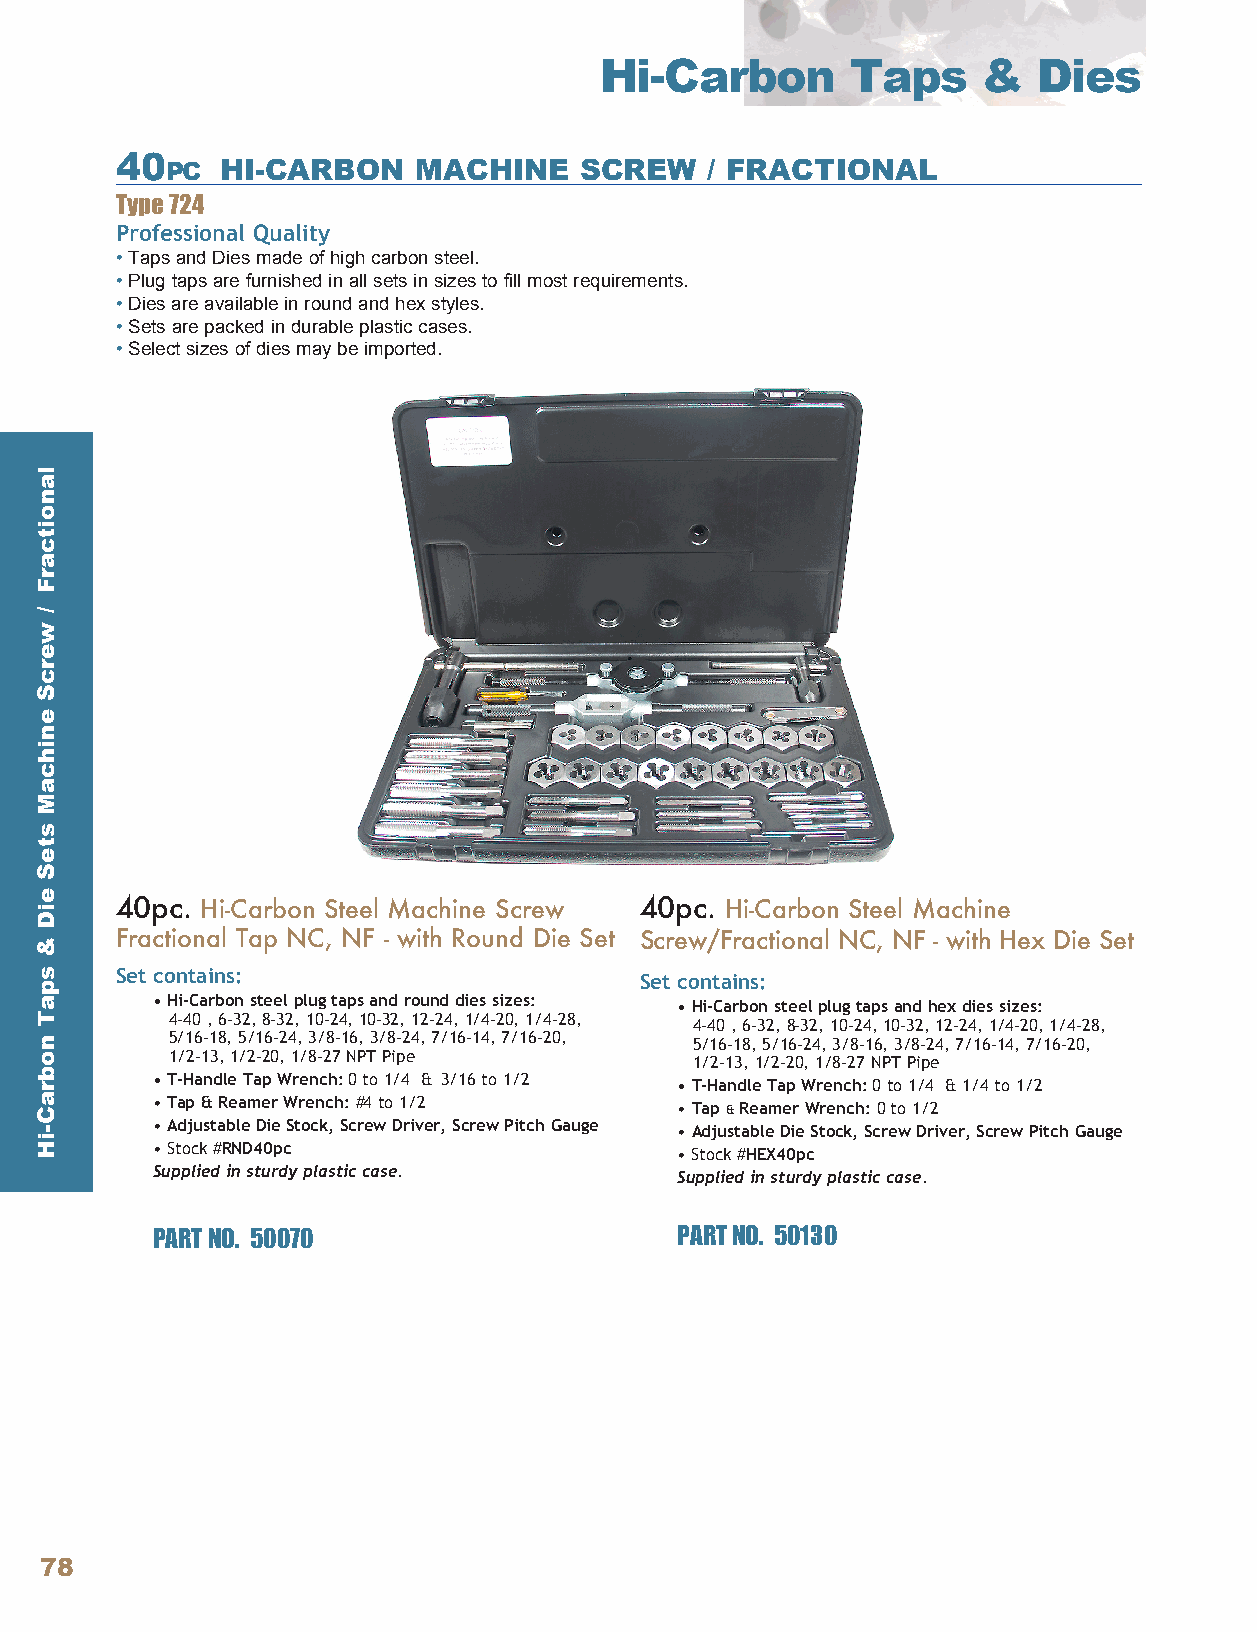
Hi-Carbon       Taps     &   Dies
 40 PC  HI-CARBON    MACHINE   SCREW    / FRACTIONAL
 Type 724
 Professional Quality
 •Taps and Dies made of high carbon steel .
 •Plug taps are furnished in all sets in sizes to fill most requirements .
 •Dies are available in round and hex styles .
 •Sets are packed in durable plastic cases .
 •Select sizes of dies may be imported .
 40pc. Hi-Carbon Steel Machine Screw 40pc. Hi-Carbon Steel Machine
 Fractional Tap NC, NF - with Round Die Set Screw/Fractional NC, NF - with Hex Die Set
 Set contains:                     Set contains:
 •Hi-Carbon steel plug taps and round dies sizes: •Hi-Carbon steel plug taps and hex dies sizes:
 4-40 , 6-32, 8-32, 10-24, 10-32, 12-24, 1/4-20, 1/4-28, 4-40 , 6-32, 8-32, 10-24, 10-32, 12-24, 1/4-20, 1/4-28,
 5/16-18, 5/16-24, 3/8-16, 3/8-24, 7/16-14, 7/16-20, 5/16-18, 5/16-24, 3/8-16, 3/8-24, 7/16-14, 7/16-20,
 1/2-13, 1/2-20, 1/8-27 NPT Pipe    1/2-13, 1/2-20, 1/8-27 NPT Pipe
 • T-Handle Tap Wrench: 0 to 1/4 & 3/16 to 1/2 • T-Handle Tap Wrench: 0 to 1/4 & 1/4 to 1/2
 • Tap & Reamer Wrench: #4 to 1/2   • Tap & Reamer Wrench: 0 to 1/2
 • Adjustable Die Stock, Screw Driver, Screw Pitch Gauge • Adjustable Die Stock, Screw Driver, Screw Pitch Gauge
 •Stock #RND40pc                    •Stock #HEX40pc
 Supplied in sturdy plastic case.   Supplied in sturdy plastic case.
 PART NO. 50070                     PART NO. 50130
 78
 lanoitcarF
 /
 wercS
 enihcaM
 steS
 eiD
 &
 spaT
 nobraC-iH